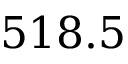
5 1 8 . 5